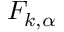
F _ { k , \alpha }